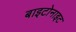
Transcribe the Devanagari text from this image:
बाइटोनाइट